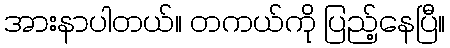
အားနာပါတယ်။ တကယ်ကို ပြည့်နေပြီ။